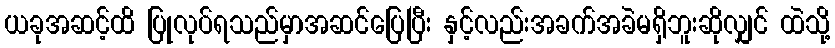
ယခုအဆင့်ထိ ပြုလုပ်ရသည်မှာအဆင်ပြေပြီး နှင့်လည်းအခက်အခဲမရှိဘူးဆိုလျှင် ထဲသို့